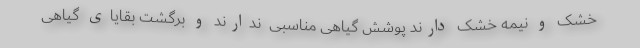
خشک و نیمه خشک دارند پوشش گیاهی مناسبی ‌ ندارند و برگشت بقایای گیاهی